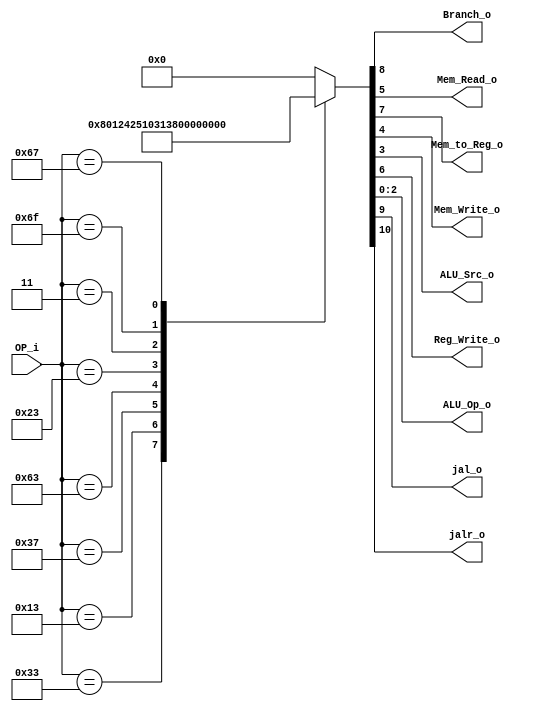
/******************************************************************
* Description
*	This is control unit for the RISC-V Microprocessor. The control unit is 
*	in charge of generation of the control signals. Its only input 
*	corresponds to opcode from the instruction bus.
*	1.0
* Author:
*	Dr. Jos Luis Pizano Escalante
* email:
*	luispizano@iteso.mx
* Date:
*	16/08/2021
******************************************************************/
module Control
(
	input [6:0]OP_i,
	
	
	output Branch_o,
	output Mem_Read_o,
	output Mem_to_Reg_o,
	output Mem_Write_o,
	output ALU_Src_o,
	output Reg_Write_o,
	output [2:0]ALU_Op_o,
	output jal_o,
	output jalr_o
);
 
localparam R_Type			 = 7'h33;  //R
localparam I_Type_LOGIC  = 7'h13;  //I logicas
localparam U_Type        = 7'h37;  //LUI
localparam B_Type		    = 7'h63;  //BRANCHES
localparam S_Type		    = 7'h23;  // S types -> SW
localparam I_Type_L		 = 7'h03;  // LW
localparam J_Type		    = 7'h6F;  //JAL
localparam I_Type_J  	 = 7'h67;  //JALR


reg [10:0] control_values;

always@(OP_i) begin
	case(OP_i)//                          		  876_54_3_210
								
		R_Type:				control_values=11'b0_0_001_00_0_000;  // R
		I_Type_LOGIC:		control_values=11'b0_0_001_00_1_001;  // I logicas
		U_Type:				control_values=11'b0_0_001_00_1_010;  // LUI
		B_Type:				control_values=11'b0_0_100_00_0_011;  // BRANCHES
		S_Type:				control_values=11'b0_0_010_01_1_100;  // SW
		I_Type_L:			control_values=11'b0_0_011_10_1_101;  // LW
		J_Type:				control_values=11'b0_1_101_00_1_110;  // JAL	
		I_Type_J:			control_values=11'b1_1_001_00_1_111;  // JALR
		
		default:
			control_values= 10'b0_000_00_000;
		endcase
end	

assign jalr_o = control_values[10];

assign jal_o = control_values[9];

assign Branch_o = control_values[8];

assign Mem_to_Reg_o = control_values[7];

assign Reg_Write_o = control_values[6];

assign Mem_Read_o = control_values[5];

assign Mem_Write_o = control_values[4];

assign ALU_Src_o = control_values[3];

assign ALU_Op_o = control_values[2:0];	

endmodule